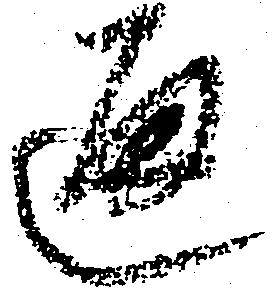
通